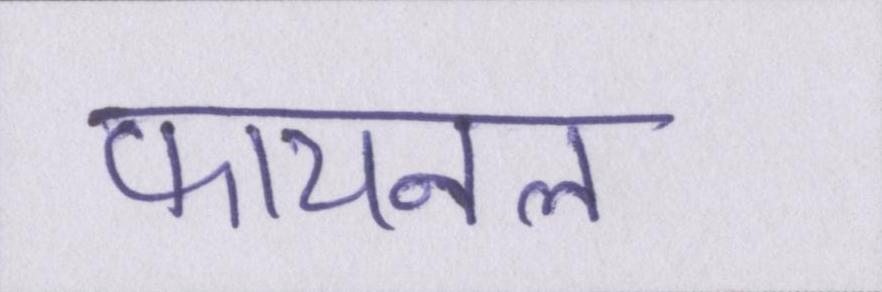
फायनल